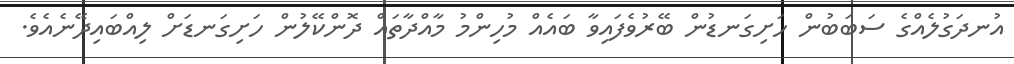
އުނދަގުލެއްގެ ސަބަބުންް ހަށިގަނޑުން ބޭރުވެފައިވާ ބައެއް މުހިންމު މާއްދާތައް ދޮންކޭލުން ހަށިގަނޑަށް ލިއްބައިދޭނެއެވެ.